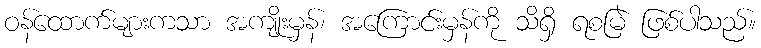
ဝန်ထောက်များကသာ အကျိုးမှန်၊ အကြောင်းမှန်ကို သိရှိ ရစမြဲ ဖြစ်ပါသည်။